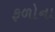
ફળોના